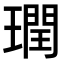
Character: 𪼙